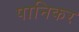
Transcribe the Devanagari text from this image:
पानिकर